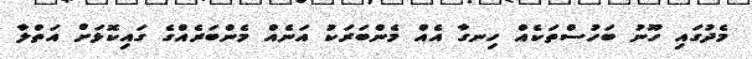
މެދުގައި ހޫނު ބަހުސްތަކެއް ހިނގާ އެއް މެންބަރަކު އަނެއް މެންބަރެއްގެ ގައިކޮޅަށް އަތްލާ